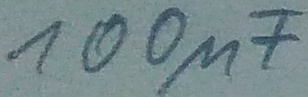
Text: 100µF